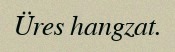
Üres hangzat.